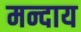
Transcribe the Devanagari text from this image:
मन्दाय